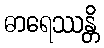
ဓာရေဿန္တိ